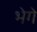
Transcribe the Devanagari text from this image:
भेगे